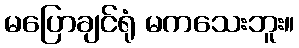
မပြောချင်ရုံ မကသေးဘူး။